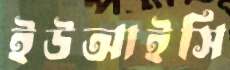
ইউআইসি